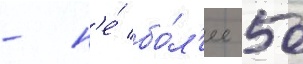
- н'е́ бо́л'ее 50